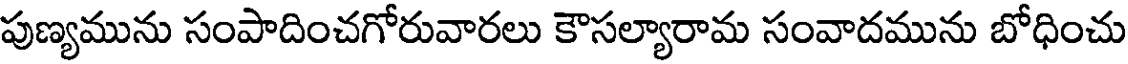
పుణ్యమును సంపాదించగోరువారలు కౌసల్యారామ సంవాదమును బోధించు